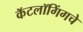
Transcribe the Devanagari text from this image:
कॅटलॉगिंगचे